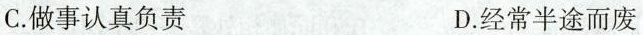
C.做事认真负责 D.经常半途而废